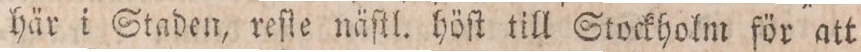
här i Staden, reſie näſtl. höſt till Stockholm för att